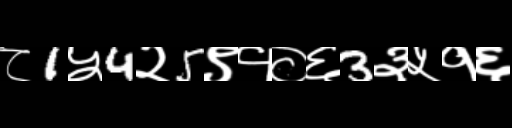
Text: ८1५4२5९१०६3३५१६